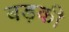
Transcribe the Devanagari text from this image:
बड़की